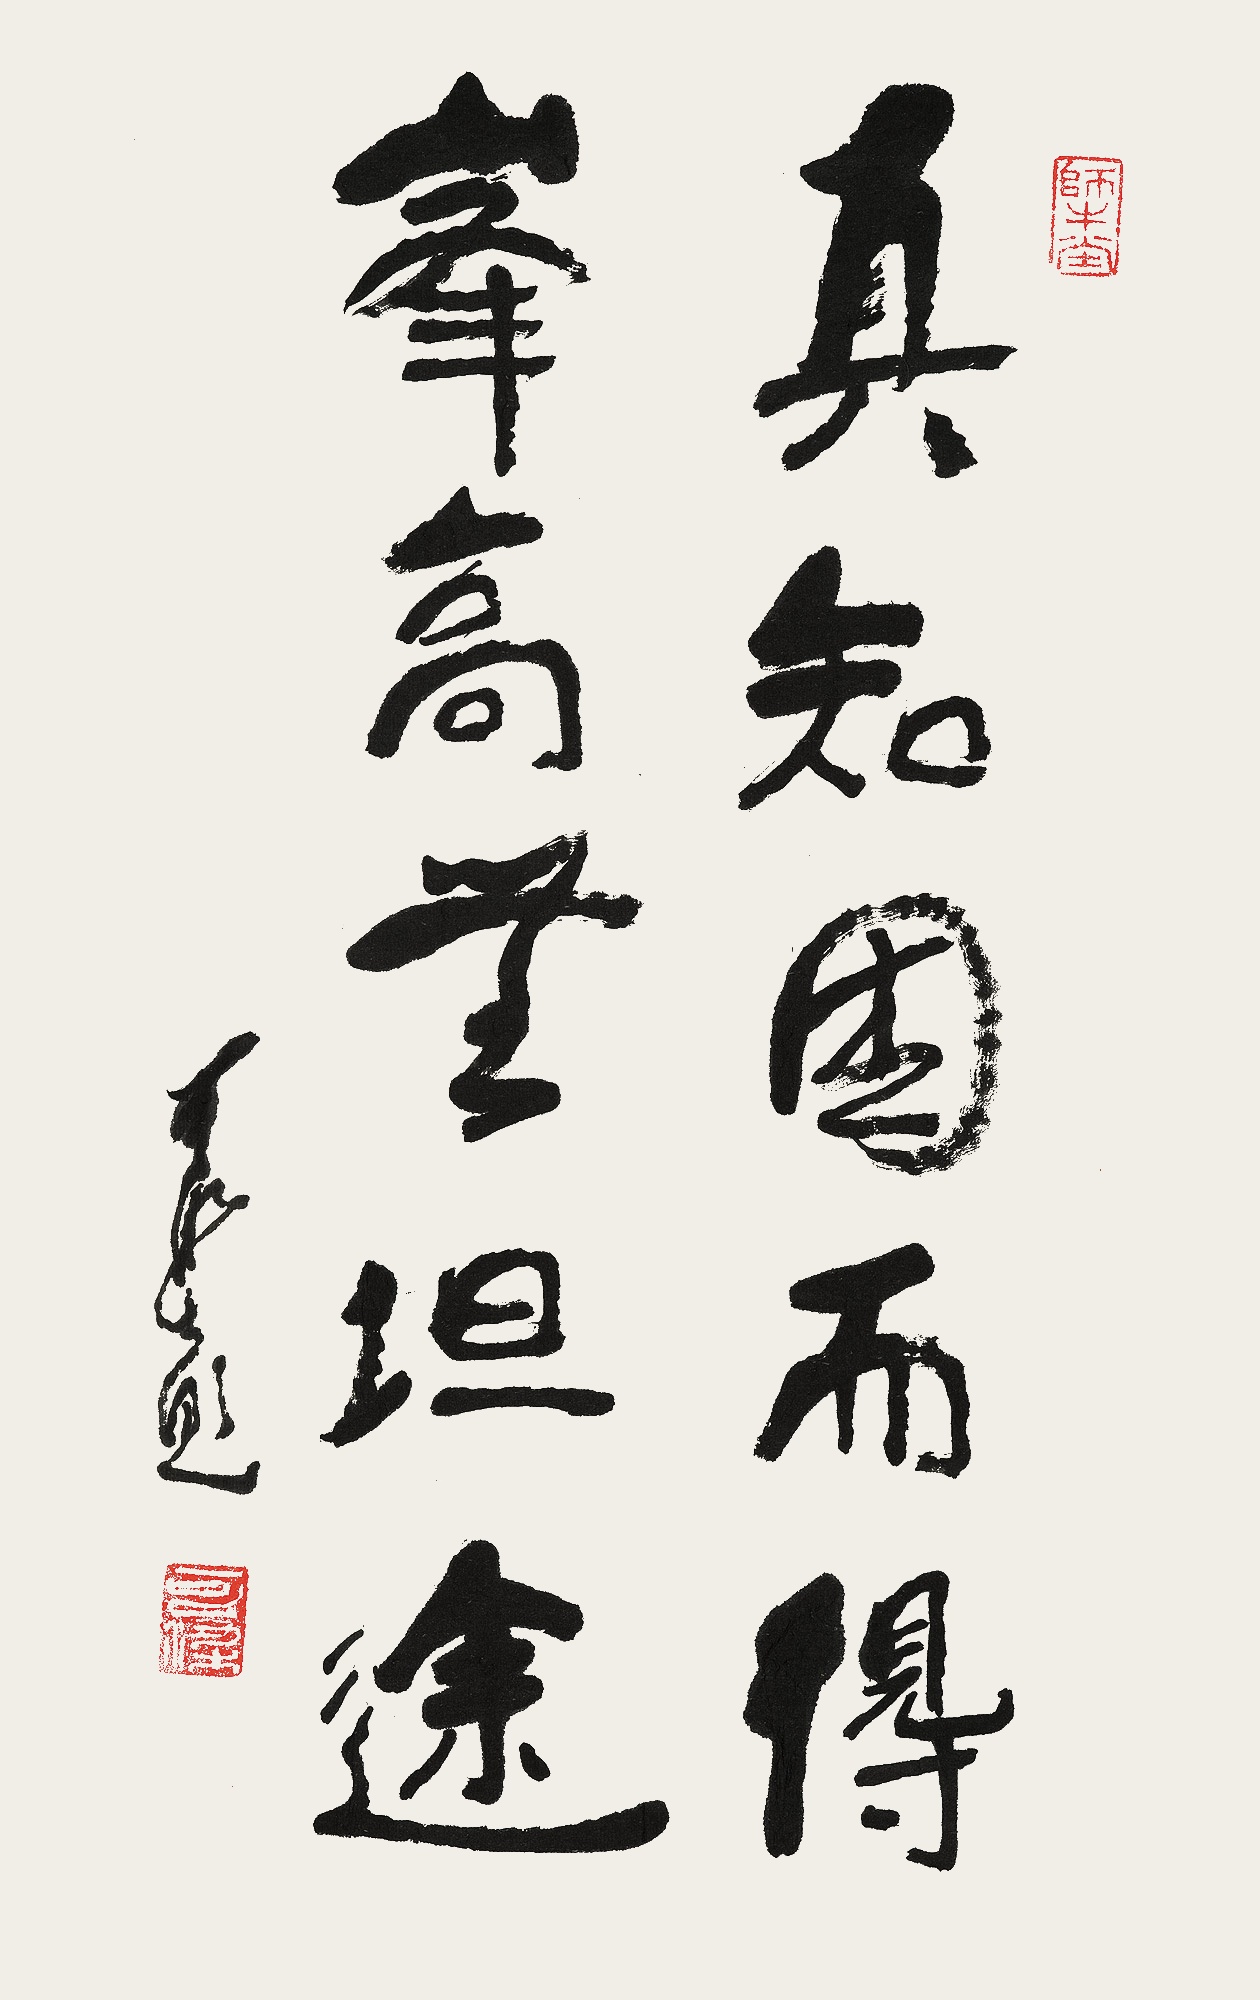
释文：真知困而得，峰高无坦途。可染题。